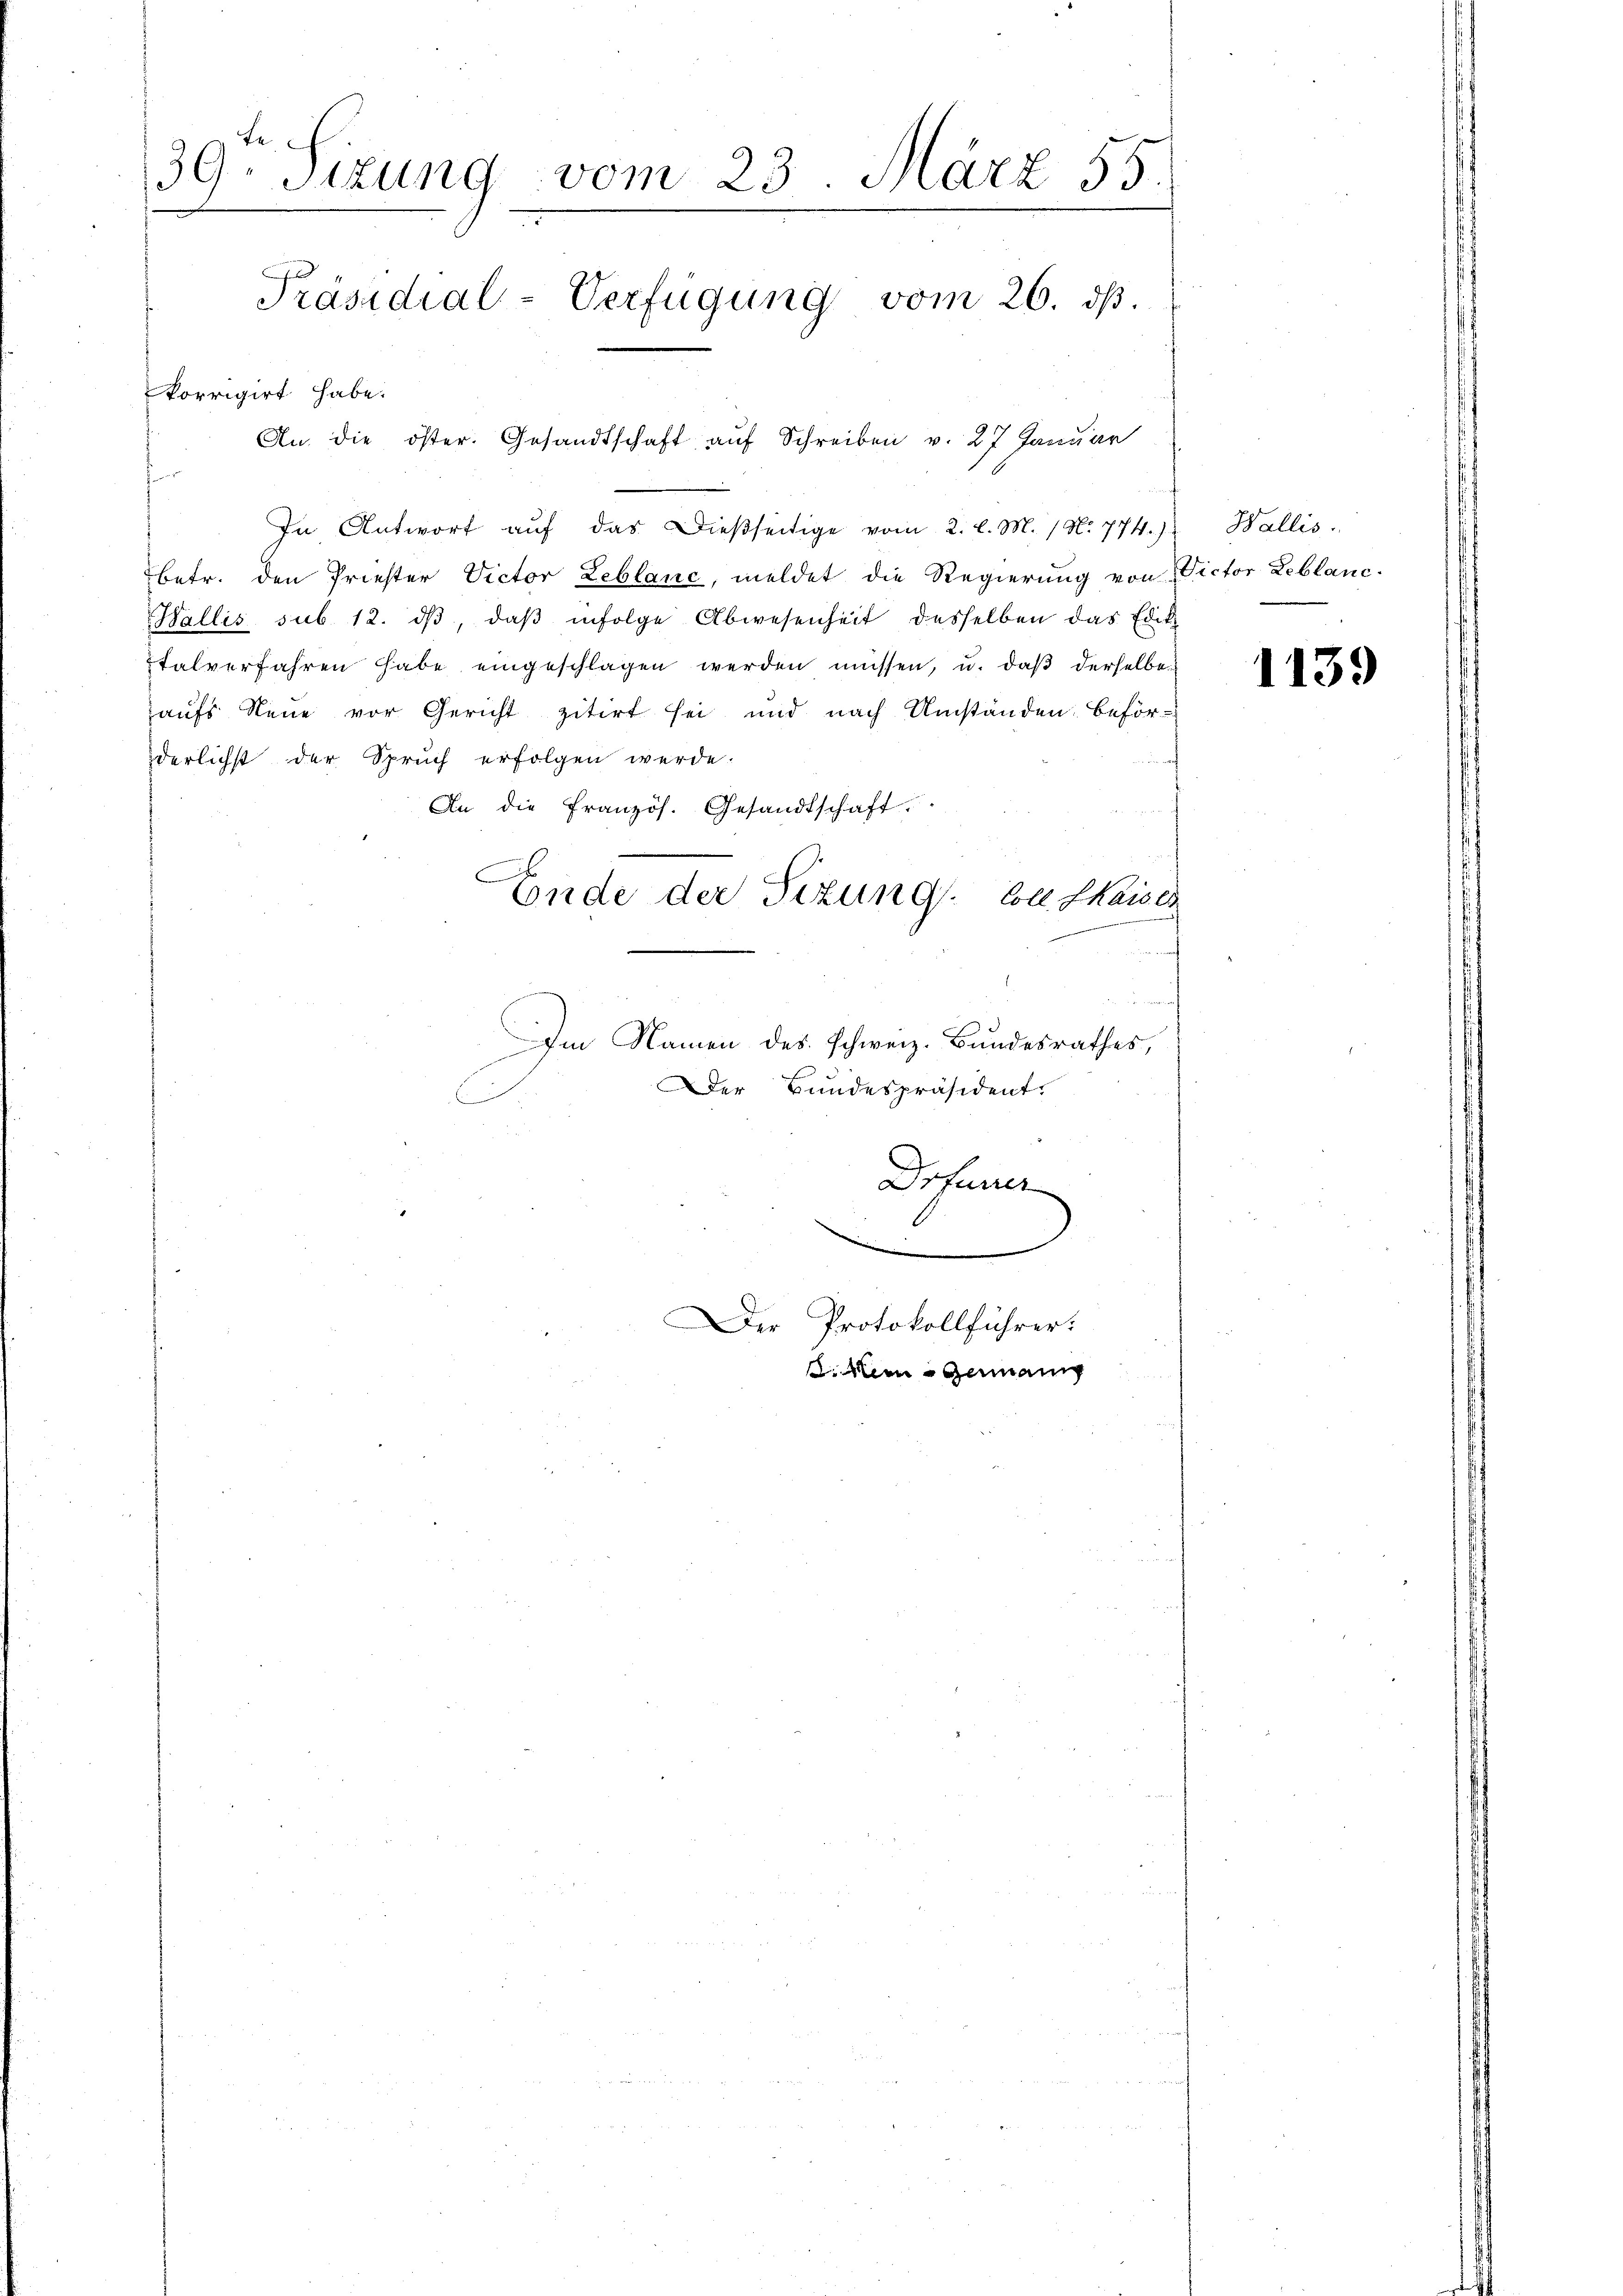
te
39. Sizung vom 23. März 55
Präsidial-Verfügung vom 26. ds.
korrigirt habe.
An die öster. Gesandtschaft auf Schreiben v. 27 Januar

In Antwort aŭf das dießseitige vom 2. l. M. (N. 774.) Wallis.
betr. den Priester Victor Leblanc, meldet die Regierung von Victor Leblanc
Wallis sub. 12. dβ, daβ infolge Abwesenheit desselben das Edik
talverfahren habe eingeschlagen werden müssen, u. daβ derselbe
aufs Neue vor Gericht zitirt sei und nach Umständen beförderlichst der Spruch erfolgen werde.
An die Französ. Gesandtschaft,
b
E
Ende der Sizung Coll. Chaiser
Im Namen des schweiz. Bundesrathes,
Der Bundespräsident.
C

Drfurrer
1

Der Protokollführer:
. Mein Germann

1139